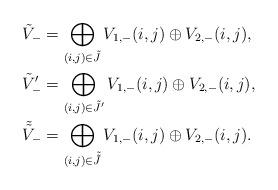
LaTeX: \begin{align*} \tilde{V}_{-} & = \bigoplus_{ (i,j) \in \tilde{J} } V_{1,-}(i,j) \oplus V_{2,-}(i,j), \\ \tilde{V}_{-}' & = \bigoplus_{ (i,j) \in \tilde{J}' } V_{1,-}(i,j) \oplus V_{2,-}(i,j), \\ \tilde{\tilde{V}}_- & = \bigoplus_{ (i,j) \in \tilde{\tilde{J}} } V_{1,-}(i,j) \oplus V_{2,-}(i,j). \end{align*}